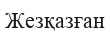
Жезқазған